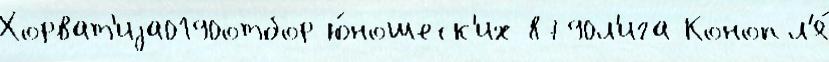
Хорват'иjа0190отбор ю́ношеск'их 8790л'ига Конопл'я́